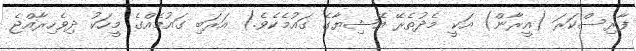
ފާރިސްކަރަ (އީރާން) އަކީ މެދުތެރޭ އޭޝިޔާގެ ގައުމެކެވެ.) އަރަބި ގައުމެއްގެ މީހަކު ދިވެހިރާއްޖެ